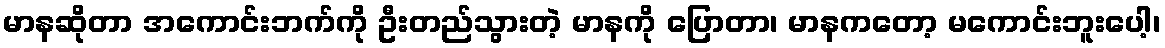
မာနဆိုတာ အကောင်းဘက်ကို ဦးတည်သွားတဲ့ မာနကို ပြောတာ၊ မာနကတော့ မကောင်းဘူးပေါ့၊